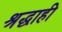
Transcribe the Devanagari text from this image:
श्रद्धाही